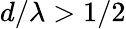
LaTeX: d/\lambda>1/2